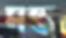
মন্ত